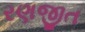
રણજીત